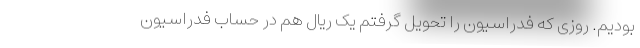
بودیم. روزی که فدراسیون را تحویل گرفتم یک ریال هم در حساب فدراسیون